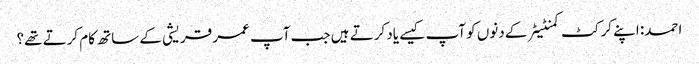
احمد: اپنے کرکٹ کمنٹیٹر کے دنوں کو آپ کیسے یاد کرتے ہیں جب آپ عمر قریشی کے ساتھ کام کرتے تھے؟